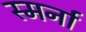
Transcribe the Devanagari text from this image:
स्मर्ना